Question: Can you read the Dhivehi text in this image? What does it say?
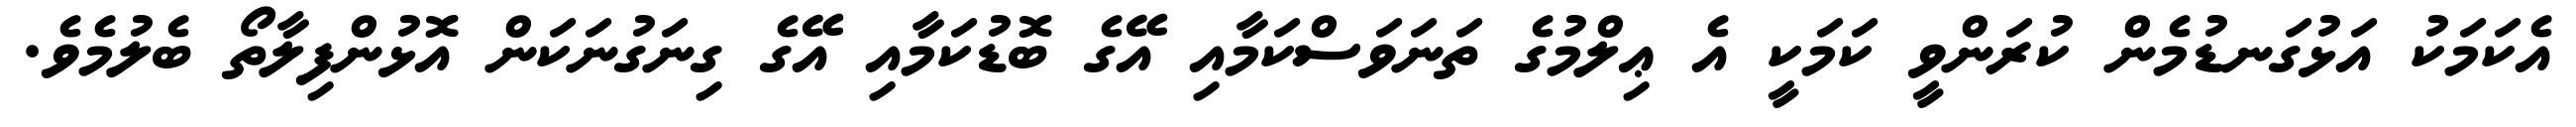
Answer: އެކަމަކު އަޅުގަނޑުމެން ކުރަންވީ ކަމަކީ އެ ޢިލްމުގެ ތަނަވަސްކަމާއި އޭގެ ބޮޑުކަމާއި އޭގެ ގިނަގުނަކަން އޮޅުންފިލާތޯ ބެލުމެވެ.